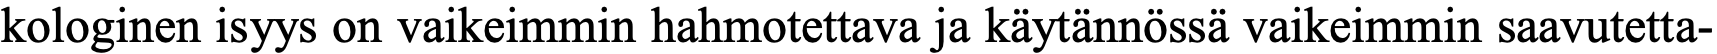
kologinen isyys on vaikeimmin hahmotettava ja käytännössä vaikeimmin saavutetta-